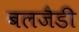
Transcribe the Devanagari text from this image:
बलजैडी